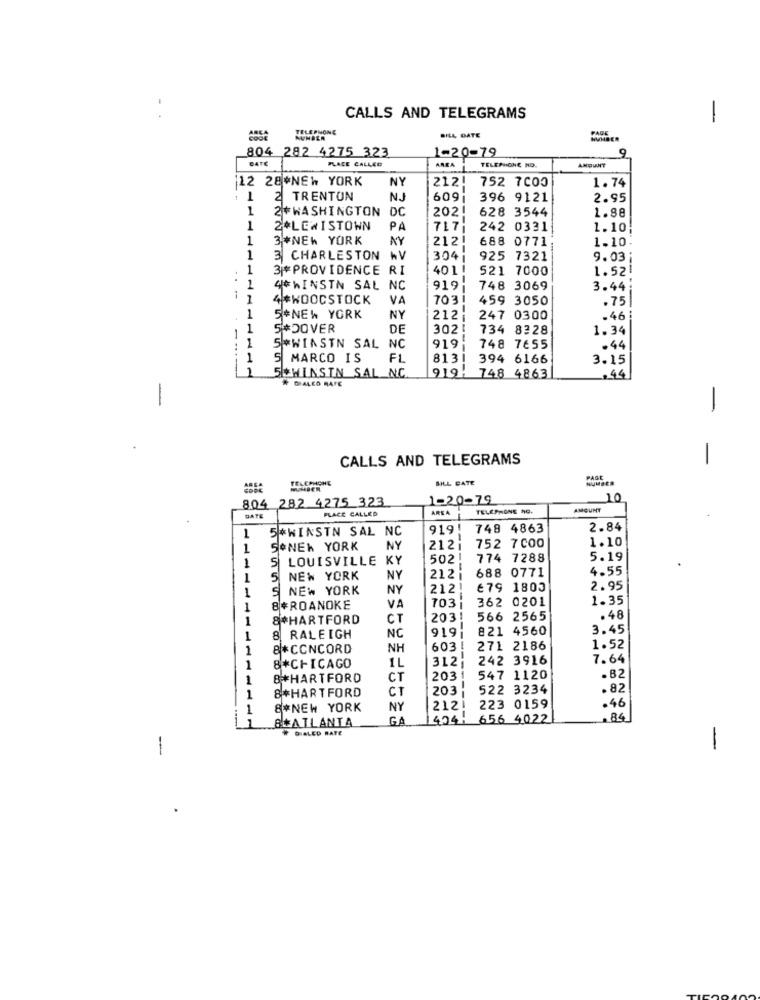
CALLS AND TELEGRAMS
-
TELEPHONE
PAGE
RUNDER
BILL DATE
HUMBER
804 282 4275 323
1-20-79
9
DATE
PLACE CALLED
AMOUNT
1
AREA
TELEPHONE NO.
12 28*NEW YORK
NY
212!
752 7000
1.74
1
2 TRENTON
NJ
609
396 9121
2.95
1
2+WASHINGTON
DC
202!
628 3544
1.88
1
2*LEWISTOWN
PA
717
242 0331
1. 10;
1
3 *NEW YORK
NY
212!
688 0771
1.10.
1
3 CHARLESTON WV
304
925 7321
9.03 ;
1
3|*PROVIDENCE RI
401 !
521 7000
1.52
..
1
4*WINSTN SAL NC
919
748 3069
3.44;
1
4 *WOODSTOCK
VA
7031
459 3050
.75
1
5*NEW YORK
NY
212
247 0300
.46:
1
S#DOVER
DE
302
734 8328
1.34
1
..
5*WINSTN SAL
NC
919
--
748 7655
.44
1
S MARCO IS
F1
8131
394 6166
3.15
5*WINSIN SAL_NC
# DIALED RATE
919: 748 4863
-
-
CALLS AND TELEGRAMS
HELEPHONE
BILL DATE
PAGE
804 282 4275 323
1-20-79
10
PLACE CALLED
AREA
TELEPHONE NO.
AMOUNT
DATE
5*WINSTN SAL NC
919!
748 4863
2.84
1
752 7000
1.10
1
SONEW YORK
NY
2121
1
S LOUISVILLE
KY
502!
774 7288
5.19
688 0771
4.55
1
5
NEW YORK
NY
2121
1
S
NEW YORK
NY
212!
€79 1803
2.95
703
362 0201
1.35
1
8*ROANOKE
VA
1
8*HARTFORD
CT
203!
566 2565
.48
919
821 4560
3.45
1
8 RALEIGH
NC
1
8*CONCORD
NH
603 !
271 2186
1.52
3121
242 3916
7.64
1
8*CHICAGO
IL
1
&#HARTFORD
CT
203
547 1120
.82
CT
203
522 3234
. 82
1
8*HARTFORD
.46
1
8*NEW YORK
NY
2121
223 0159
80ATLANTA
GA
424-
656 4022
84
DIALED RATE
-
-